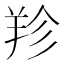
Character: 𦍪